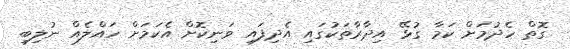
ގޮތް ހެދުމަށް ކަމާ ގުޅޭ އިދާރާތަކުގައި އެދިފައި ވަނިކޮށް އެކަމަށް ހައްލެއް ނުލިބި